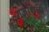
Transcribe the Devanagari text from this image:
गजशिल्प